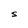
Character: S